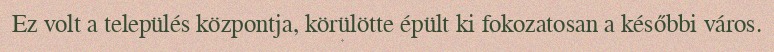
Ez volt a település központja, körülötte épült ki fokozatosan a későbbi város.